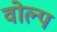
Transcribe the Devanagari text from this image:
वोल्प